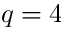
q = 4